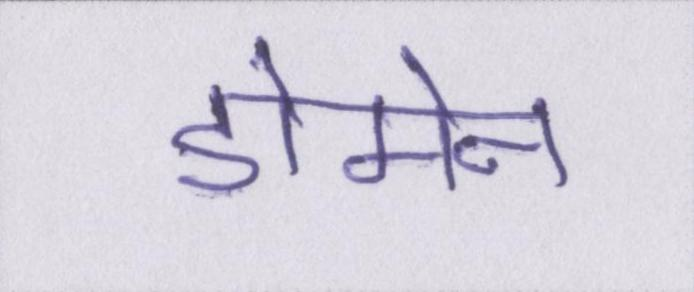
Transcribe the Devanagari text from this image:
डोमेन